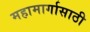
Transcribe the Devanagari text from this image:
महामार्गासाठी